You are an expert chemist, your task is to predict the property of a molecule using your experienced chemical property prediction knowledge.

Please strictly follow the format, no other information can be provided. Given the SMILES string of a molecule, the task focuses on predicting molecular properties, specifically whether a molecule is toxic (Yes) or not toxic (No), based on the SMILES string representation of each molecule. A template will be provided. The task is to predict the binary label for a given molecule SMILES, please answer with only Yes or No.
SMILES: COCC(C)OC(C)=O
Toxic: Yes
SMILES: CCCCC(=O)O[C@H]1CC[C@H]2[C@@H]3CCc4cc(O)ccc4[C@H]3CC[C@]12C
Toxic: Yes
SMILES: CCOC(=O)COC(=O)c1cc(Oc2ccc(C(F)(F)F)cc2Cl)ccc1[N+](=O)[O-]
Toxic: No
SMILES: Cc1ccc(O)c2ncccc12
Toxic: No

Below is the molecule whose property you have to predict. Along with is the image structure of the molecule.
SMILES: BrCBr
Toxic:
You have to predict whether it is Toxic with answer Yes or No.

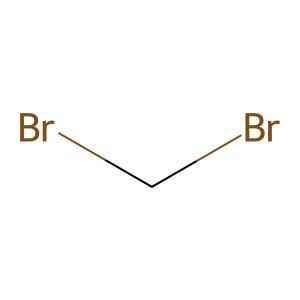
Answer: No